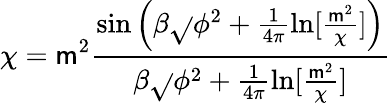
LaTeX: \chi=\mathsf{m}^{2}\frac{{\sin\left(\beta\sqrt{}{{\phi^{2}+\frac{{1}}{{4\pi}}\ln[\frac{{\mathsf{m}^{2}}}{{\chi}}]}}\right)}}{{\beta\sqrt{}{{\phi^{2}+\frac{{1}}{{4\pi}}\ln[\frac{{\mathsf{m}^{2}}}{{\chi}}]}}}}